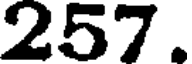
257.